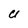
Character: U